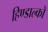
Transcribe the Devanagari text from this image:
हिण्डाल्को